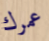
عمرك